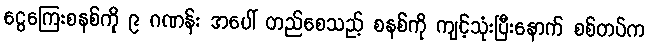
ငွေကြေးစနစ်ကို ၉ ဂဏန်း အပေါ် တည်စေသည့် စနစ်ကို ကျင့်သုံးပြီးနောက် စစ်တပ်က